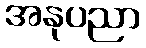
အနုပညာ